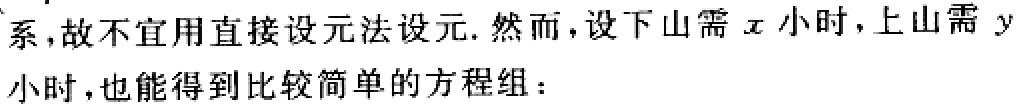
系,故不宜用直接设元法设元. 然而，设下山需\(x\)小时，上山需\(y\)小时，也能得到比较简单的方程组：